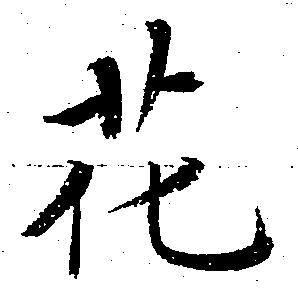
花